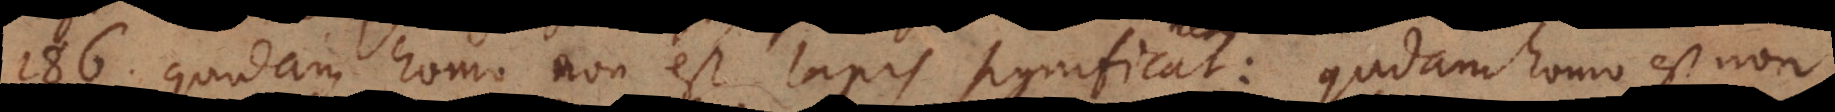
186) Quidam homo non est lapis significat: quidam ho